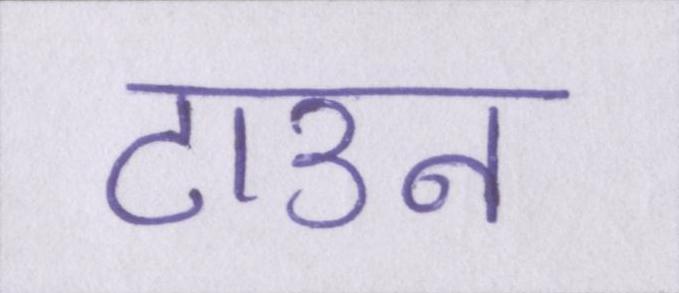
टाउन